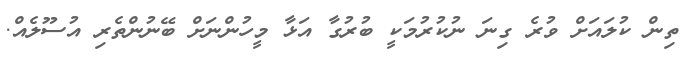
ތިން ކުލައަށް ވުރެ ގިނަ ނުކުރުމަކީ ބުރުގާ އަޅާ މީހުންނަށް ބޭނުންތެރި އުސޫލެއް.